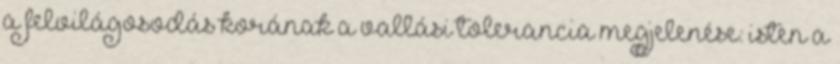
a felvilágosodás korának a vallási tolerancia megjelenése: isten a